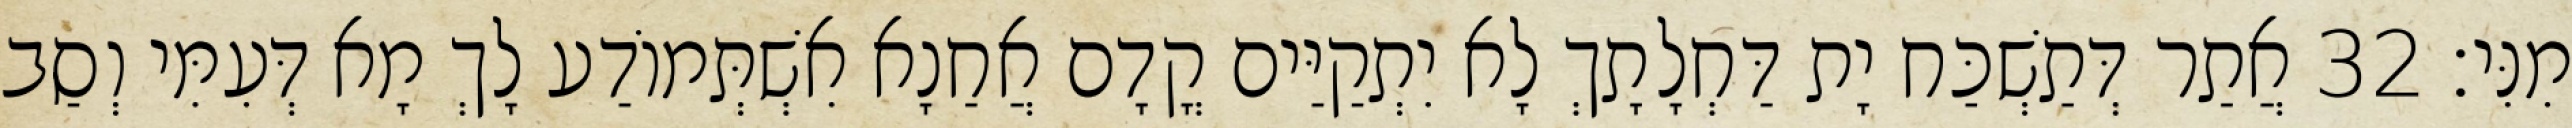
מִנִּי׃ 32 אֲתַר דְּתַשְׁכַּח יָת דַּחְלָתָךְ לָא יִתְקַיַּים קֳדָם אֲחַנָא אִשְׁתְּמוֹדַע לָךְ מָא דְּעִמִּי וְסַב